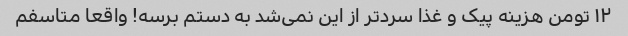
١٢ تومن هزینه پیک و غذا سرد‌تر از این نمی‌شد به دستم برسه! واقعا متاسفم